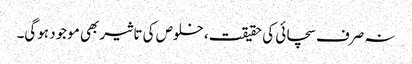
نہ صرف سچائی کی حقیقت، خلوص کی تاثیر بھی موجود ہوگی۔